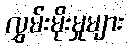
လွှမ်းမိုးမှုများ